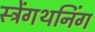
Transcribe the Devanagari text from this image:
स्ट्रेंगथनिंग